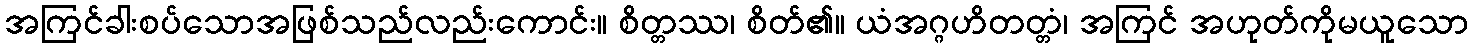
အကြင်ခါးစပ်သောအဖြစ်သည်လည်းကောင်း။ စိတ္တဿ၊ စိတ်၏။ ယံအဂ္ဂဟိတတ္တံ၊ အကြင် အဟုတ်ကိုမယူသော